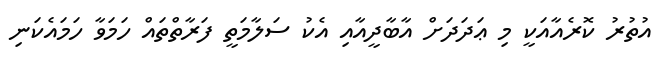
އުތުރު ކޮރެއާއަކީ މި ޢަދަދަށް އާބާދީއާއި އެކު ސަލާމަތީ ފަރާތްތައް ހަމަވާ ހަމައެކަނި